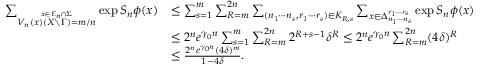
\begin{array} { r l } { \sum _ { \stackrel { x \in E _ { n } \cap \Sigma } { V _ { n } ( x ) ( X \setminus \Gamma ) = m / n } } \exp S _ { n } \phi ( x ) } & { \leq \sum _ { s = 1 } ^ { m } \sum _ { R = m } ^ { 2 n } \sum _ { ( n _ { 1 } \cdots n _ { s } , r _ { 1 } \cdots r _ { s } ) \in K _ { R , s } } \sum _ { x \in \Delta _ { n _ { 1 } \cdots n _ { s } } ^ { r _ { 1 } \cdots r _ { s } } } \exp S _ { n } \phi ( x ) } \\ & { \leq 2 ^ { n } e ^ { \gamma _ { 0 } n } \sum _ { s = 1 } ^ { m } \sum _ { R = m } ^ { 2 n } 2 ^ { R + s - 1 } \delta ^ { R } \leq 2 ^ { n } e ^ { \gamma _ { 0 } n } \sum _ { R = m } ^ { 2 n } ( 4 \delta ) ^ { R } } \\ & { \leq \frac { 2 ^ { n } e ^ { \gamma _ { 0 } n } ( 4 \delta ) ^ { m } } { 1 - 4 \delta } . } \end{array}